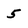
Character: 5